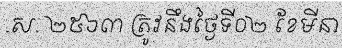
.ស. ២៥៦៣ ត្រូវនឹងថ្ងៃទី០២ ខែមីនា